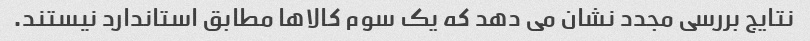
نتایج بررسی مجدد نشان می دهد که یک سوم کالاها مطابق استاندارد نیستند.